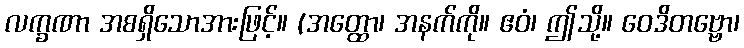
လက္ခဏာ အစရှိသောအားဖြင့်။ (အတ္ထော၊ အနက်ကို။ ဧဝံ၊ ဤသို့။ ဝေဒိတဗ္ဗော၊